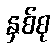
နှစ်စု